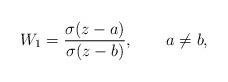
LaTeX: \begin{align*}W_{1}=\frac{\sigma(z-a)}{\sigma(z-b)}, \qquad a \ne b,\end{align*}